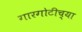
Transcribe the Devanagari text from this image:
गारगोटीच्या